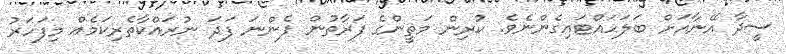
ސީދާ އޭނާއަށް ބަލަހައްޓައިގެންނެވެ. ކުރިން މަތީންގެ ފަރާތުން ފެންނަ ފަދަ ނުރައްކާތެރިކަމެއް މިފަހަރު